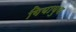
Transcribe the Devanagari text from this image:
गियायुथ